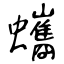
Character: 蠵